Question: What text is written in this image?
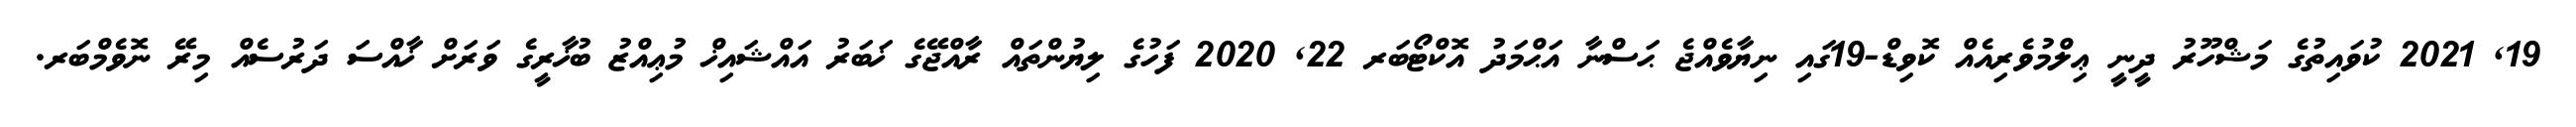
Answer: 19, 2021 ކުވައިތުގެ މަޝްހޫރު ދީނީ ޢިލްމުވެރިއެއް ކޮވިޑް-19ގައި ނިޔާވެއްޖެ ޙަސްނާ އަޙްމަދު އޮކްޓޯބަރ 22, 2020 ފަހުގެ ލިޔުންތައް ރާއްޖޭގެ ޚަބަރު އައްޝައިޚް މުޢިއްޒު ބުޚާރީގެ ވަރަށް ޚާއްސަ ދަރުސެއް މިރޭ ނޮވެމްބަރ.